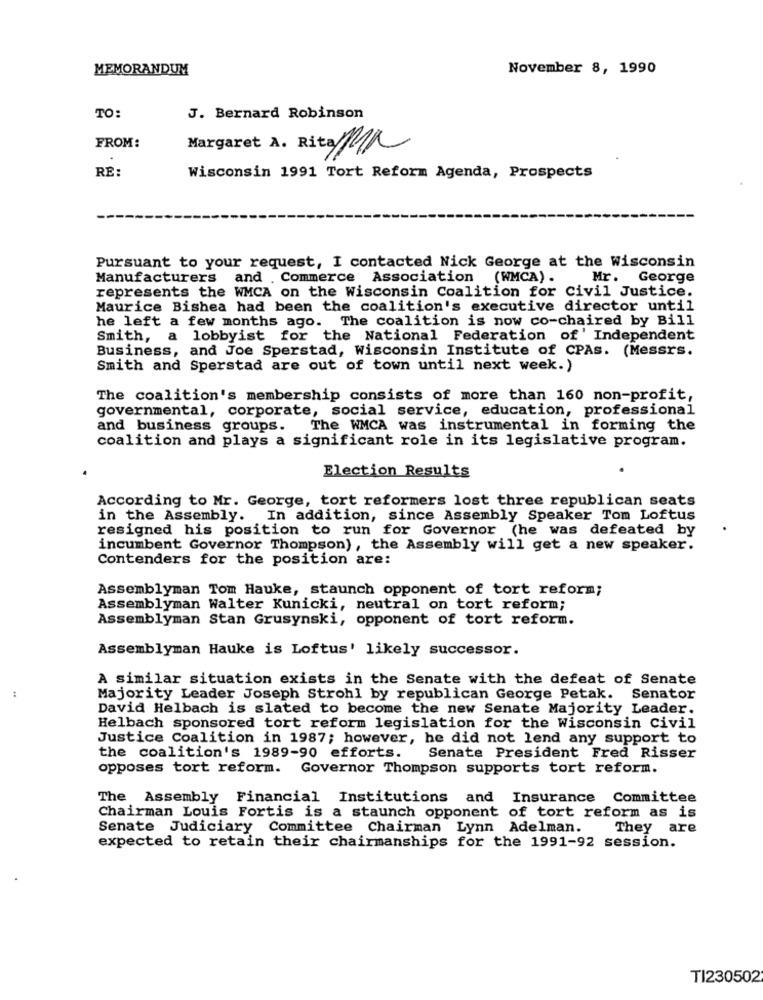
MEMORANDUM
November 8, 1990
TO:
J. Bernard Robinson
FROM:
Margaret A. Rita P/a
RE:
Wisconsin 1991 Tort Reform Agenda, Prospects
Pursuant to your request, I contacted Nick George at the Wisconsin
Manufacturers and . Commerce Association (WMCA).
Mr. George
represents the WMCA on the Wisconsin Coalition for Civil Justice.
Maurice Bishea had been the coalition's executive director until
he left a few months ago. The coalition is now co-chaired by Bill
Smith, a lobbyist for the National Federation of' Independent
Business, and Joe Sperstad, Wisconsin Institute of CPAs. (Messrs.
Smith and Sperstad are out of town until next week.)
The coalition's membership consists of more than 160 non-profit,
governmental, corporate, social service, education, professional
and business groups.
The WMCA was instrumental in forming the
coalition and plays a significant role in its legislative program.
Election Results
According to Mr. George, tort reformers lost three republican seats
in the Assembly. In addition, since Assembly Speaker Tom Loftus
resigned his position to run for Governor (he was defeated by
incumbent Governor Thompson), the Assembly will get a new speaker.
Contenders for the position are:
Assemblyman Tom Hauke, staunch opponent of tort reform;
Assemblyman Walter Kunicki, neutral on tort reform;
Assemblyman Stan Grusynski, opponent of tort reform.
Assemblyman Hauke is Loftus' likely successor.
A similar situation exists in the Senate with the defeat of Senate
Majority Leader Joseph Strohl by republican George Petak. Senator
David Helbach is slated to become the new Senate Majority Leader.
Helbach sponsored tort reform legislation for the Wisconsin Civil
Justice Coalition in 1987; however, he did not lend any support to
the coalition's 1989-90 efforts.
Senate President Fred Risser
opposes tort reform. Governor Thompson supports tort reform.
The Assembly Financial Institutions and Insurance Committee
Chairman Louis Fortis is a staunch opponent of tort reform as is
Senate Judiciary Committee Chairman Lynn Adelman. They are
expected to retain their chairmanships for the 1991-92 session.
TI230502